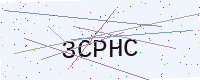
Text: 3CPHC